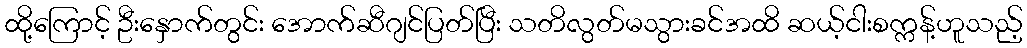
ထို့ကြောင့် ဦးနှောက်တွင်း အောက်ဆီဂျင်ပြတ်ပြီး သတိလွတ်မသွားခင်အထိ ဆယ့်ငါးစက္ကန့်ဟူသည့်